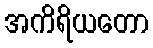
အကိရိယတော